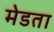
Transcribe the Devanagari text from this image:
मेडता